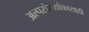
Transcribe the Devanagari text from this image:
अल्पसंख्यांकासाठी